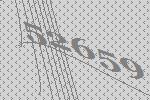
52659